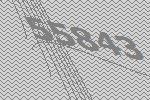
55843